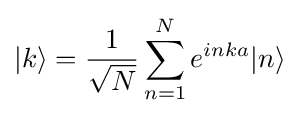
|k\rangle ={\frac {1}{\sqrt {N}}}\sum _{n=1}^{N}e^{inka}|n\rangle